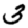
Digit: 3